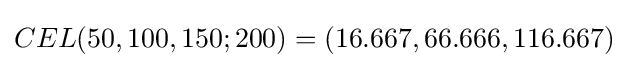
CEL(50,100,150;200)=(16.667,66.666,116.667)